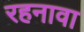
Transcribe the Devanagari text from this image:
रहनावा